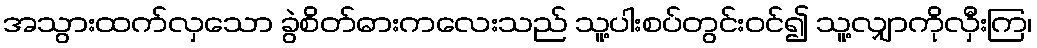
အသွားထက်လှသော ခွဲစိတ်ဓားကလေးသည် သူ့ပါးစပ်တွင်းဝင်၍ သူ့လျှာကိုလှီးကြ၊